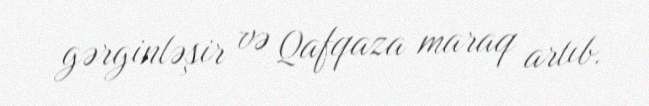
gərginləşir və Qafqaza maraq artıb.